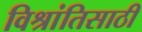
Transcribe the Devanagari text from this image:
विश्रांतिसाठी